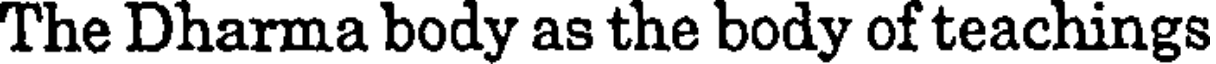
The Dharma body as the body of teachings